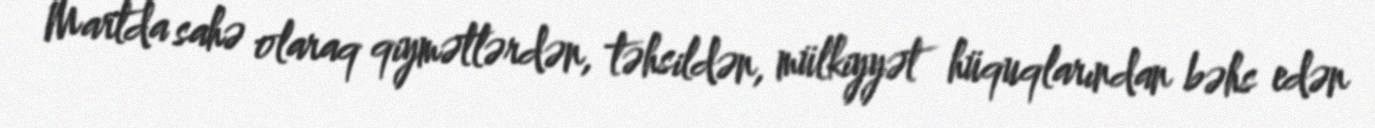
Martda sahə olaraq qiymətlərdən, təhsildən, mülkiyyət hüquqlarından bəhs edən